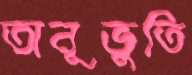
অনূভুতি